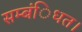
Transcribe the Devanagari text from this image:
सम्बंिधत।